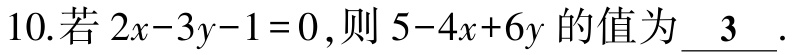
10.若\(2x - 3y - 1 = 0\)，则\(5 - 4x + 6y\)的值为\(\underline{3}\).